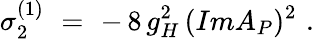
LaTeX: \sigma_{2}^{(1)}\, \, =\, \, -\, 8\, g_{H}^{2}\, (ImA_{P})^{2}\, \, .